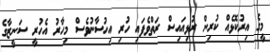
މީގެ އިރުކޮޅެއް ކުރިން ރުޅިއައިސް ރަތްވެފައި ހުރި އިހުސާނުވެސް މިހާރު އެހުރީ ސަނީޒާގެ